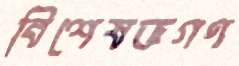
বিশেষজ্ঞগণ